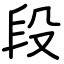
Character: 段